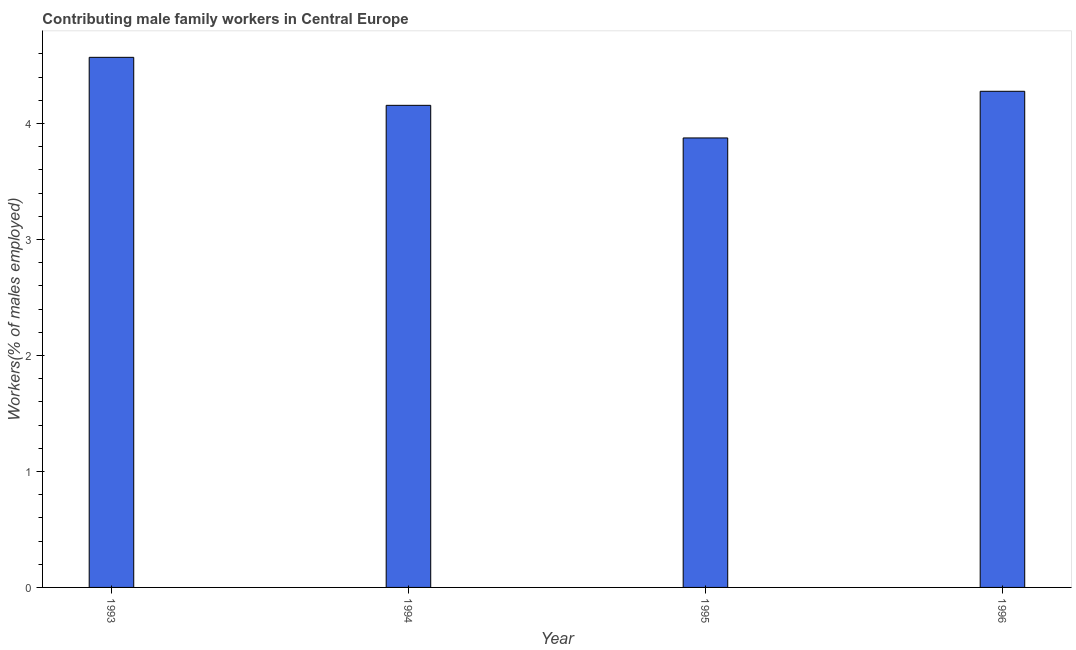
| Year | Contributing family workers |
 | --- | --- |
 | 1993 | 4.57 |
 | 1994 | 4.16 |
 | 1995 | 3.87 |
 | 1996 | 4.28 |